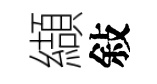
纈敍